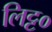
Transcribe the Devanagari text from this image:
लिट्ट०